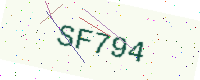
Text: SF794